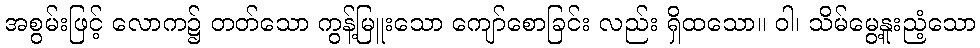
အစွမ်းဖြင့် လောက၌ တတ်သော ကွန့်မြူးသော ကျော်စောခြင်း လည်း ရှိထသော။ ဝါ၊ သိမ်မွေ့နူးညံ့သော